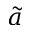
\tilde { a }